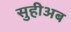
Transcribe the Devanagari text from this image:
सुहीअब